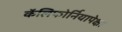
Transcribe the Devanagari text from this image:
कॅलिफोर्नियापेक्षा